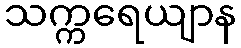
သက္ကရေယျာန